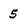
Character: 5